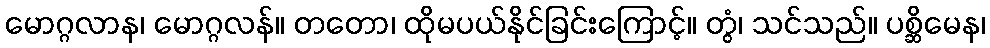
မောဂ္ဂလာန၊ မောဂ္ဂလန်။ တတော၊ ထိုမပယ်နိုင်ခြင်းကြောင့်။ တွံ၊ သင်သည်။ ပစ္ဆိမေန၊